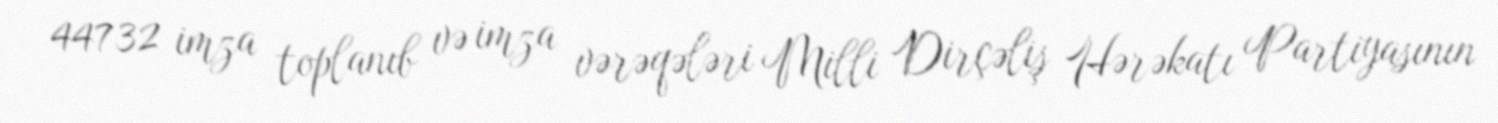
44732 imza toplanıb və imza vərəqələri Milli Dirçəliş Hərəkatı Partiyasının